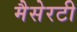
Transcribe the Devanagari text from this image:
मैसेरटी